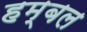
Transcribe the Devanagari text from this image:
हम्बल